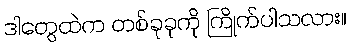
ဒါတွေထဲက တစ်ခုခုကို ကြိုက်ပါသလား။